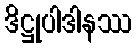
ဒိဋ္ဌုပါဒါနဿ